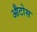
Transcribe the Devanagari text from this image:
औटोस